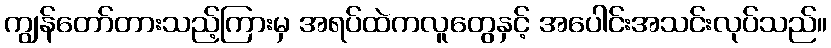
ကျွန်တော်တားသည့်ကြားမှ အရပ်ထဲကလူတွေနှင့် အပေါင်းအသင်းလုပ်သည်။